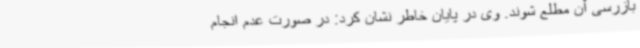
بازرسی آن مطلع شوند. وی در پایان خاطر نشان کرد: در صورت عدم انجام